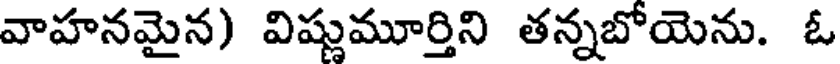
వాహనమైన) విష్ణుమూర్తిని తన్నబోయెను. ఓ